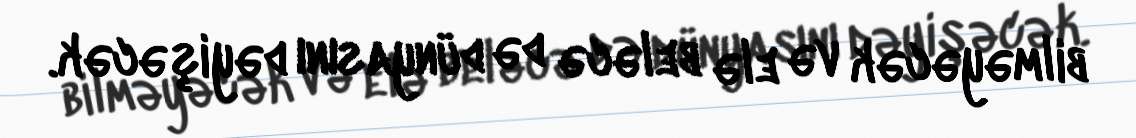
bilməyəcək və elə beləcə də dünyasını dəyişəcək.